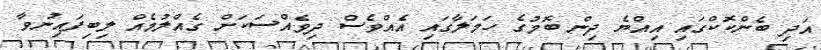
އަދި ބެންކޮކްގައި އިއްޔެ ދިން ބޮމުގެ ހަމަލާގައި އެއްވެސް ދިވެއްސަަކަށް ގެއްލުމެއް ލިބިފައިނުވާ